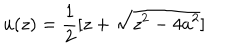
u ( z ) = { \frac { 1 } { 2 } } [ z + \sqrt { z ^ { 2 } - 4 a ^ { 2 } } ]